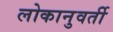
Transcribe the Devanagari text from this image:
लोकानुवर्ती